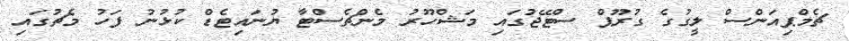
ޗެމްޕިއަންސް ލީގުގެ ގުރޫޕް ސްޓޭޖުގައި މަޝްހޫރު މެންޗެސްޓާ ޔުނައިޓެޑް ކުޅުނު ފަހު މެޗުގައި